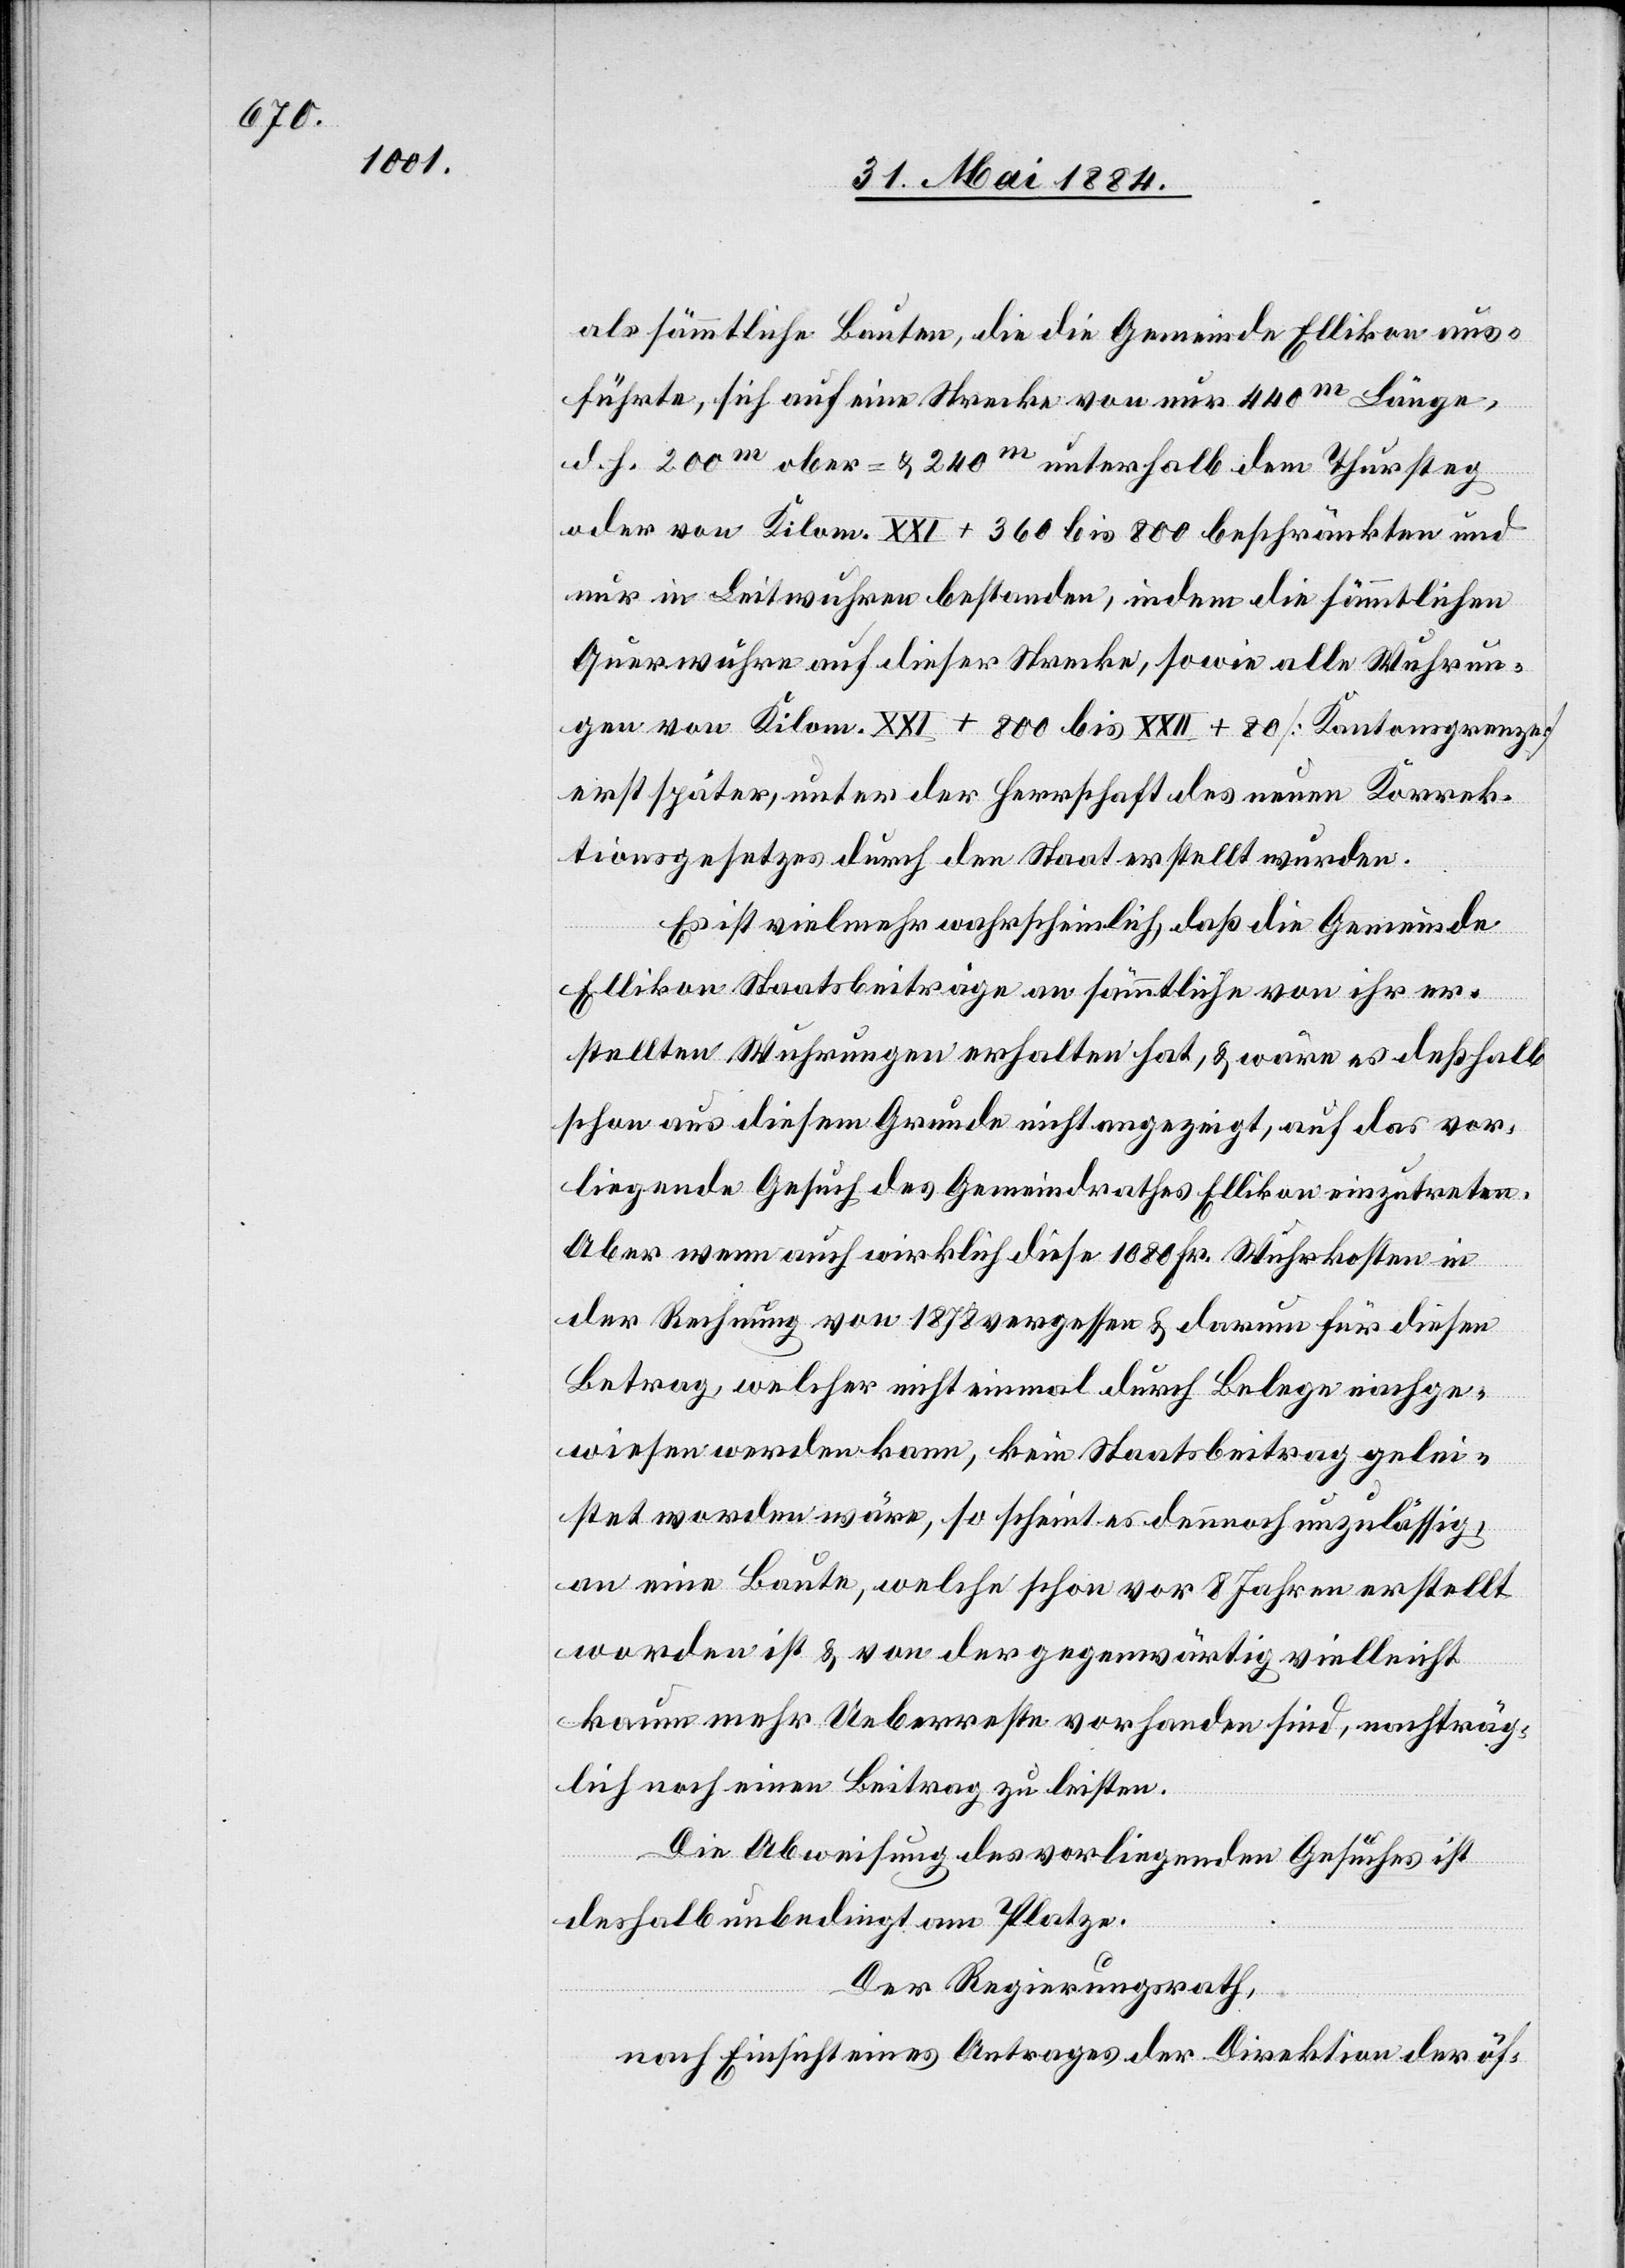
sämtliche Bauten, die die Gemeinde Ellikon aus¬
führte, sich auf eine Strecke von nur 440m Länge
d. h. 200m ober- & 240m unterhalb dem Thursteg
oder von Kilom. XXI + 360 bis 800 beschränkten und
nur in Leitwuhren bestanden, indem die sämmtlichen
Querwuhre auf dieser Strecke, sowie alle Wuhrun¬
gen von Kilom. XXI + 800 bis XXII + 80 [Kantonsgrenze]
erst später, unter der Herrschaft des neuen Korrek¬
tionsgesetzes durch den Staat erstellt wurden.
Es ist vielmehr wahrscheinlich, daß die Gemeinde
Ellikon Staatsbeiträge an sämmtliche von ihr er¬
stellten Wuhrungen erhalten hat, & wäre es deshalb
schon aus diesem Grunde nicht angezeigt, auf das vor¬
liegende Gesuch des Gemeindrathes Ellikon einzutreten.
Aber wenn auch wirklich diese 1080 Fr. Wuhrkosten in
der Rechnung von 1878 vergessen & darum für diesen
Betrag, welcher nicht einmal durch Belege nachge¬
wiesen werden kann, kein Staatsbeitrag gelei¬
stet worden wäre, so scheint es dennoch unzulässig,
an eine Baute, welche schon vor 8 Jahren erstellt
worden ist & von der gegenwärtig vielleicht
kaum mehr Ueberreste vorhanden sind, nachträg¬
lich noch einen Beitrag zu leisten.
Die Abweisung des vorliegenden Gesuches ist
deshalb unbedingt am Platze.
Der Regierungsrath,
nach Einsicht eines Antrages der Direktion der öf-